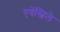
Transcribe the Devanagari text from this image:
एवेंस्विले